Rangoon Lunatic Asylum 1878-1892 - 1878-1892
Year: 1878
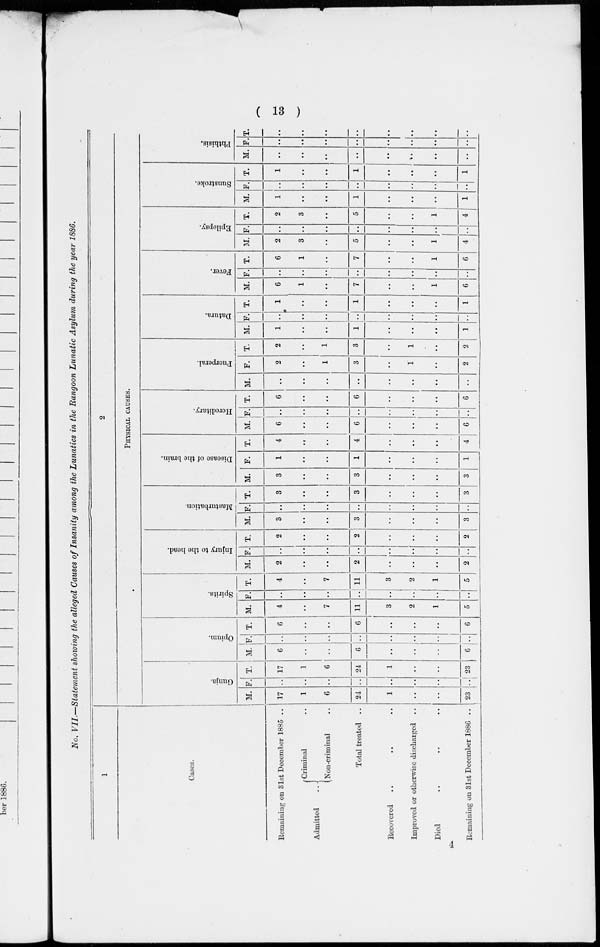
( 13 )
No. VII.—Statement showing the alleged Causes of Insanity among the Lunatics in the Rangoon Lunatic Asylum during the year 1886.
1
Cases.
Remaining on 31st December 1885 ..
Admitted
Criminal ..
Non-criminal ..
Total treated .. .. ..
Recovered .. .. ..
Improved or otherwise discharged ..
Died .. ... ..
Remaining on 31st December 1886 ..
2
PHYSICAL CAUSES.
Gunja.
M.
17
1
6
24
1
..
..
23
F.
..
..
..
..
..
..
..
..
T.
17
1
6
24
1
..
..
23
Opium.
M.
6
..
..
6
..
..
..
6
F.
..
..
..
..
..
..
..
..
T.
6
..
..
6
..
..
..
6
Spirits.
M.
4
..
7
11
3
2
1
5
F.
..
..
..
..
..
..
..
T.
4
..
7
11
3
2
1
5
Injury to the head.
M.
2
..
..
2
..
..
..
2
F.
..
..
..
..
..
..
..
..
T.
2
..
..
2
..
..
..
2
Masturbation.
M.
3
..
..
3
..
..
..
3
F.
..
..
..
..
..
..
..
..
T.
3
..
..
3
..
..
..
3
Disease of the brain.
M.
3
..
..
3
..
..
..
3
F.
1
..
..
1
..
..
..
1
T.
4
..
..
4
..
..
..
4
Hereditary.
M.
6
..
..
6
..
..
..
6
F.
..
..
..
..
..
..
..
..
T.
6
..
..
6
..
..
..
6
Puerperal.
M.
..
..
..
..
..
..
..
..
F.
2
..
1
3
1
..
2
T.
2
..
1
3
..
1
..
2
Datura.
M.
1
..
..
1
..
..
..
1
F.
..
..
..
..
..
..
..
..
T.
1
..
..
1
..
..
..
1
Fever.
M.
6
1
..
7
..
..
1
6
F.
..
..
..
..
..
..
..
..
T.
6
1
..
7
..
..
1
6
Epilepsy.
M.
2
3
..
5
..
..
1
4
F.
..
..
..
..
..
..
..
T.
2
3
..
5
..
..
1
4
Sunstroke.
M.
1
..
..
1
..
..
..
1
F.
..
..
..
..
..
..
..
..
T.
1
..
..
1
..
..
..
1
Phthisis.
M.
..
..
..
..
..
..
..
..
F.
..
..
..
..
..
..
..
..
T.
..
..
..
..
..
..
..
..
4